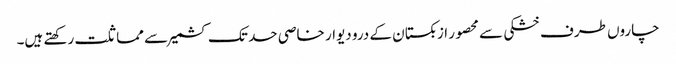
چاروں طرف خشکی سے محصور ازبکستان کے درو دیوار خاصی حد تک کشمیر سے مماثلت رکھتے ہیں۔